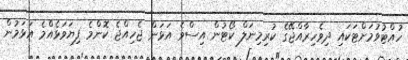
ހުއްޓުވުމަށްޓަކައި ދިވެހިރާއްޖޭގެ ކުރިމިނަލް ކޯޓުން އިސްވެ އަޅަން ޖެހިއްޖެ ކޮންމެ ފިޔަވަޅެއްމެ އަޅަމުން